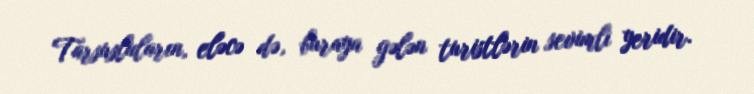
Tarsusluların, eləcə də, buraya gələn turistlərin sevimli yeridir.